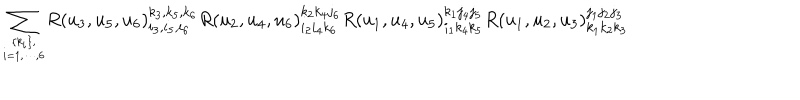
{ } ~ { \displaystyle \sum _ { \{ k _ { i } \} , \atop i = 1 , \cdots , 6 } } R ( u _ { 3 } , u _ { 5 } , u _ { 6 } ) _ { i _ { 3 } , i _ { 5 } , i _ { 6 } } ^ { k _ { 3 } , k _ { 5 } , k _ { 6 } } R ( u _ { 2 } , u _ { 4 } , u _ { 6 } ) _ { i _ { 2 } i _ { 4 } k _ { 6 } } ^ { k _ { 2 } k _ { 4 } j _ { 6 } } R ( u _ { 1 } , u _ { 4 } , u _ { 5 } ) _ { i _ { 1 } k _ { 4 } k _ { 5 } } ^ { k _ { 1 } j _ { 4 } j _ { 5 } } R ( u _ { 1 } , u _ { 2 } , u _ { 3 } ) _ { k _ { 1 } k _ { 2 } k _ { 3 } } ^ { j _ { 1 } j _ { 2 } j _ { 3 } }